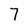
Character: 7